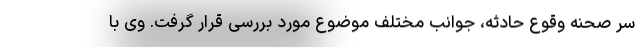
سر صحنه وقوع حادثه، جوانب مختلف موضوع مورد بررسی قرار گرفت. وی با